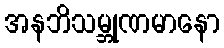
အနဘိသမ္ဘုဏမာနော